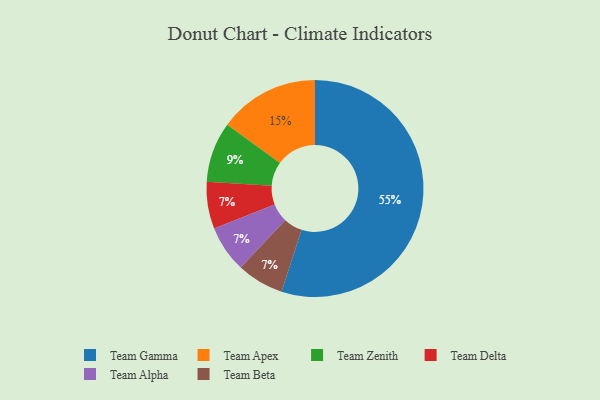
{"axis": {"x": "Category", "y": "Percentage"}, "legend": ["Team Alpha", "Team Apex", "Team Beta", "Team Delta", "Team Gamma", "Team Zenith"], "data": [{"x": "Team Delta", "y": 7, "type": "Team Delta"}, {"x": "Team Alpha", "y": 7, "type": "Team Alpha"}, {"x": "Team Beta", "y": 7, "type": "Team Beta"}, {"x": "Team Gamma", "y": 55, "type": "Team Gamma"}, {"x": "Team Zenith", "y": 9, "type": "Team Zenith"}, {"x": "Team Apex", "y": 15, "type": "Team Apex"}]}